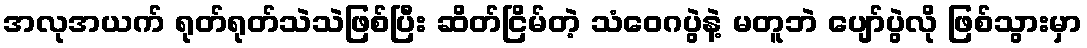
အလုအယက် ရုတ်ရုတ်သဲသဲဖြစ်ပြီး ဆိတ်ငြိမ်တဲ့ သံဝေဂပွဲနဲ့ မတူဘဲ ပျော်ပွဲလို ဖြစ်သွားမှာ